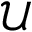
\mathcal { U }